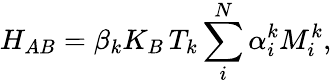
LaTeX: H_{AB}=\beta_{k}K_{B}\, T_{k}\sum_{i}^{N}\alpha_{i}^{k}M_{i}^{k},